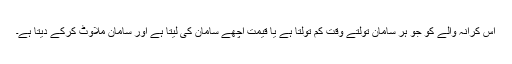
اس کرانہ والے کو جو ہر سامان تولتے وقت کم تولتا ہے یا قیمت اچھے سامان کی لیتا ہے اور سامان ملاوٹ کرکے دیتا ہے۔